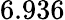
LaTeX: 6.936